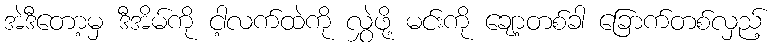
အဲဒီတော့မှ ဒီအိမ်ကို ငါ့လက်ထဲကို လွှဲဖို့ မင်းကို ချော့တစ်ခါ ခြောက်တစ်လှည့်